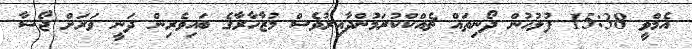
އެމްވީ 15:38 ފުލުހުން ދޯނިތައް ޗެއްކްކުރަމުންދާއިރުވެސް މުޒާހާރާގެ ބައިވެރިން ދަނީ ވަރަށް ޖޯޝާ